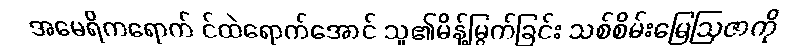
အမေရိကရောက် င်ထဲရောက်အောင် သူ၏မိန့်မြွက်ခြင်း သစ်စိမ်းမြေဩဇာကို